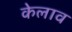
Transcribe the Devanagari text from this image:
केलाव